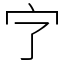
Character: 㝋